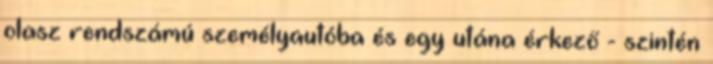
olasz rendszámú személyautóba és egy utána érkező - szintén